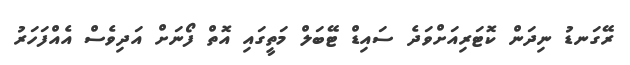
ރޭގަނޑު ނިދަން ކޮޓަރިއަށްވަދެ ސައިޑް ޓޭބަލް މަތީގައި އޮތް ފޯނަށް އަދިވެސް އެއްފަހަރު